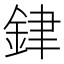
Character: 銉